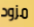
مزود